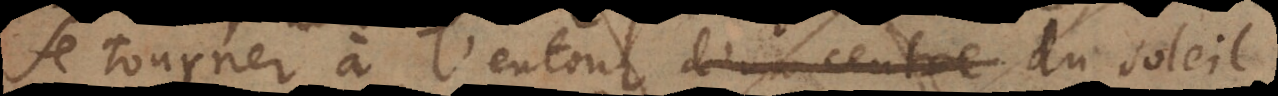
se tourner à l’entour d’une centre du soleil